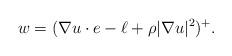
LaTeX: \begin{align*} w=(\nabla u\cdot e-\ell+\rho |\nabla u|^2)^+.\end{align*}